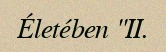
Életében "II.